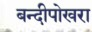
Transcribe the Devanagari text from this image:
बन्दीपोखरा